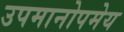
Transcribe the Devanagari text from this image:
उपमानोपमेय